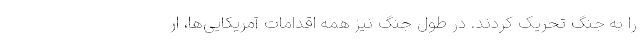
را به جنگ تحریک کردند. در طول جنگ نیز همه اقدامات آمریکایی‌ها، ار